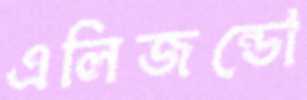
এলিজন্ডো